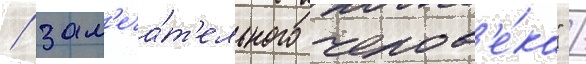
/ зам'еча́т'ельного челов'е́ка" /